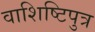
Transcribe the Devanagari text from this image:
वाशिष्टिपुत्र